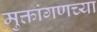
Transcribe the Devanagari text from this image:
मुक्तांगणच्या